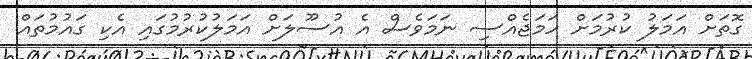
ގޮތަށް އަމަލު ކުރުމަށް ހަމަޖެއްސި ނަމަވެސް އެ އުސޫލަށް އަމަލުކުރުމުގައި އެކި ގައުމުތައް